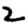
Digit: 2